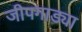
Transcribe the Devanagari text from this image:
जीपगाड्या